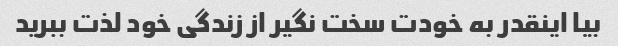
بیا اینقدر به خودت سخت نگیر از زندگی خود لذت ببرید